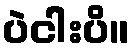
ပဲငါးပိ။